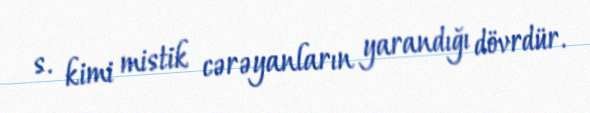
s. kimi mistik cərəyanların yarandığı dövrdür.